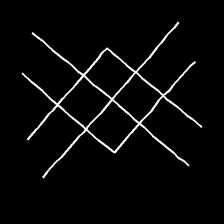
Glyph: crystal